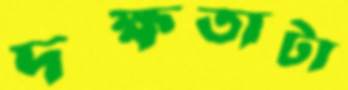
দক্ষতাটা